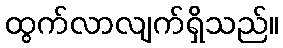
ထွက်လာလျက်ရှိသည်။